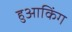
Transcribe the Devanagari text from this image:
हुआकिंग